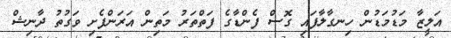
އަލީޒާ މަޑުމަޑުން ހިނގާލާފައި ގޮސް ފެންޑާގެ ފަތްތަރު މަތިން އަރަންފެށި ވަގުތު ދާނިޝް